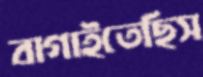
বাগাইতেছিস